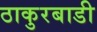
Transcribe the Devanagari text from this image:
ठाकुरबाडी